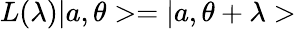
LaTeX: L(\lambda)|a,\theta>=|a,\theta+\lambda>